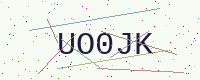
Text: UO0JK